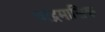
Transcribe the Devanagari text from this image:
चांद्रमासिक